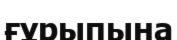
ғұрыпына